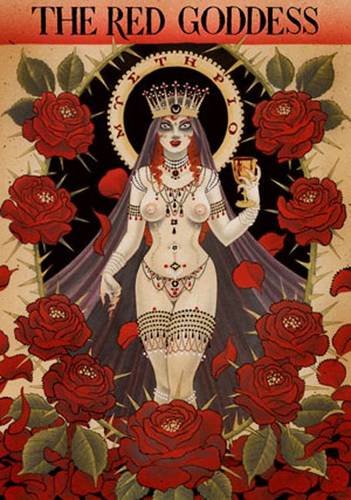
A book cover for The Red Goddess; Peter Grey; Religion & Spirituality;